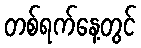
တစ်ရက်နေ့တွင်